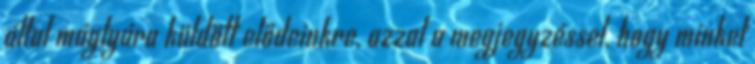
által máglyára küldött elődeinkre, azzal a megjegyzéssel, hogy minket